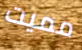
مميت